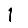
Digit: 1